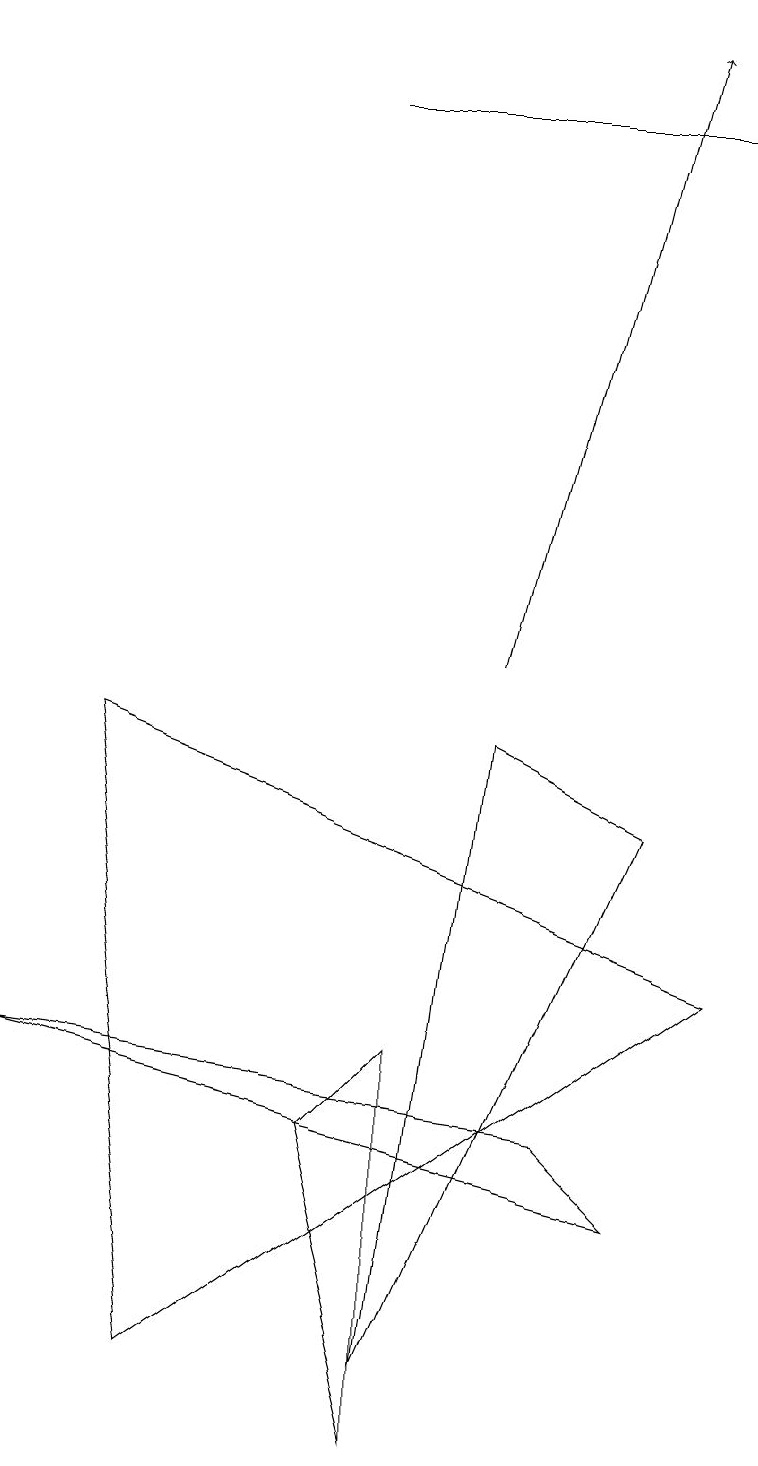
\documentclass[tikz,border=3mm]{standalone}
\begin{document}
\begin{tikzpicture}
\draw (8,8) -- (5,1) -- (6,9) -- cycle;
\draw (4,4) -- (5,0) -- (5,5) -- cycle;
\draw (2,1) -- (1,9) -- (9,6) -- cycle;
\draw (4,17) rectangle (9,17);
\draw[->] (6,10) -- (8,18);
\draw (0,5) -- (8,3) -- (7,4) -- cycle;
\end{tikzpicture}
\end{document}